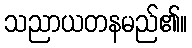
သညာယတနမည်၏။